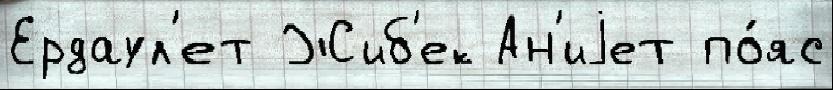
Ердаул'ет Жиб'ек Ан'иjет по́яс